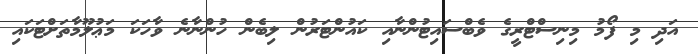
އަދި މި ފޯމު މިނިސްޓްރީގެ ވެބްސައިޓުންނާއި ކައުންޓަރުން ލިބެން ހުންނާނެ ވާހަކަ މަޢުލޫމާތަށްޓަކައި